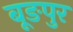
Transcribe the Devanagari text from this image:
बूङपुर